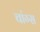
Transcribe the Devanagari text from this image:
चांग्स